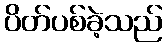
ပိတ်ပစ်ခဲ့သည်